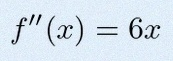
f''(x)=6x